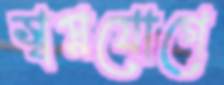
স্বপ্নযোগে